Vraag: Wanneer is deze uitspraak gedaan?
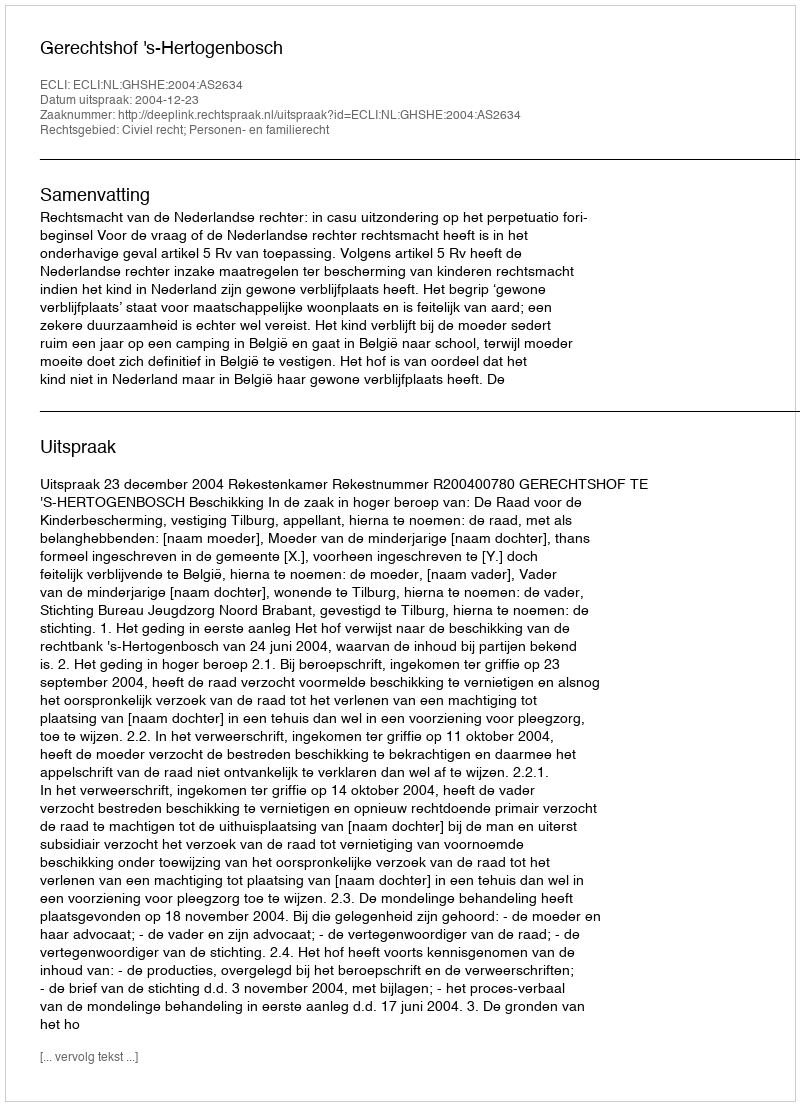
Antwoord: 2004-12-23